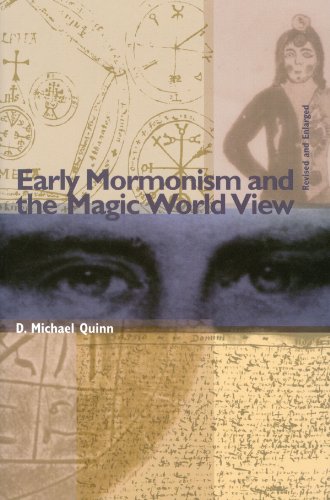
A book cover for Early Mormonism and the Magic World View; D. Michael Quinn; Christian Books & Bibles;